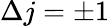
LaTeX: \Delta j=\pm 1